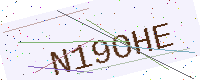
Text: N19OHE